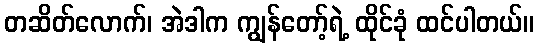
တဆိတ်လောက်၊ အဲဒါက ကျွန်တော့်ရဲ့ ထိုင်ခုံ ထင်ပါတယ်။